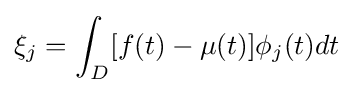
\xi _{j}=\int _{D}[f(t)-\mu (t)]\phi _{j}(t)dt